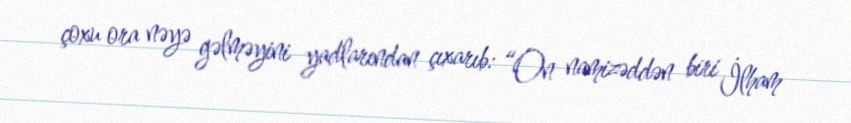
çoxu ora nəyə gəlməyini yadlarından çıxarıb: “On namizəddən biri İlham